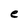
Character: e